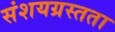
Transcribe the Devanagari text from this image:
संशयग्रस्तता